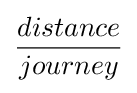
{\frac {distance}{journey}}